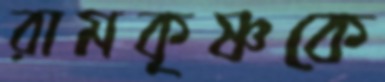
রামকৃষ্ণকে